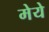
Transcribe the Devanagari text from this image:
मेये